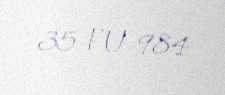
35-FU-984